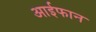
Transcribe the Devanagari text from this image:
आईफान